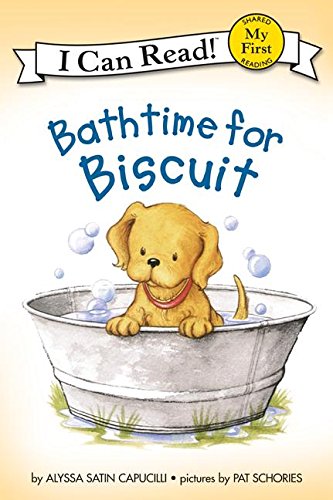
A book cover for Bathtime for Biscuit (My First I Can Read); Alyssa Satin Capucilli; Children's Books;